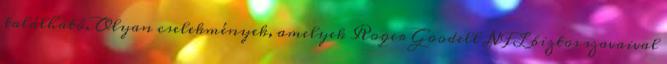
található. Olyan cselekmények, amelyek Roger Goodell NFL biztos szavaival